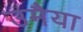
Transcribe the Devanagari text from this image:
उमैया